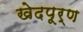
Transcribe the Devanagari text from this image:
खेदपूर्ण